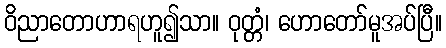
ဝိညာတောဟာရဟူ၍သာ။ ဝုတ္တံ၊ ဟောတော်မူအပ်ပြီ။